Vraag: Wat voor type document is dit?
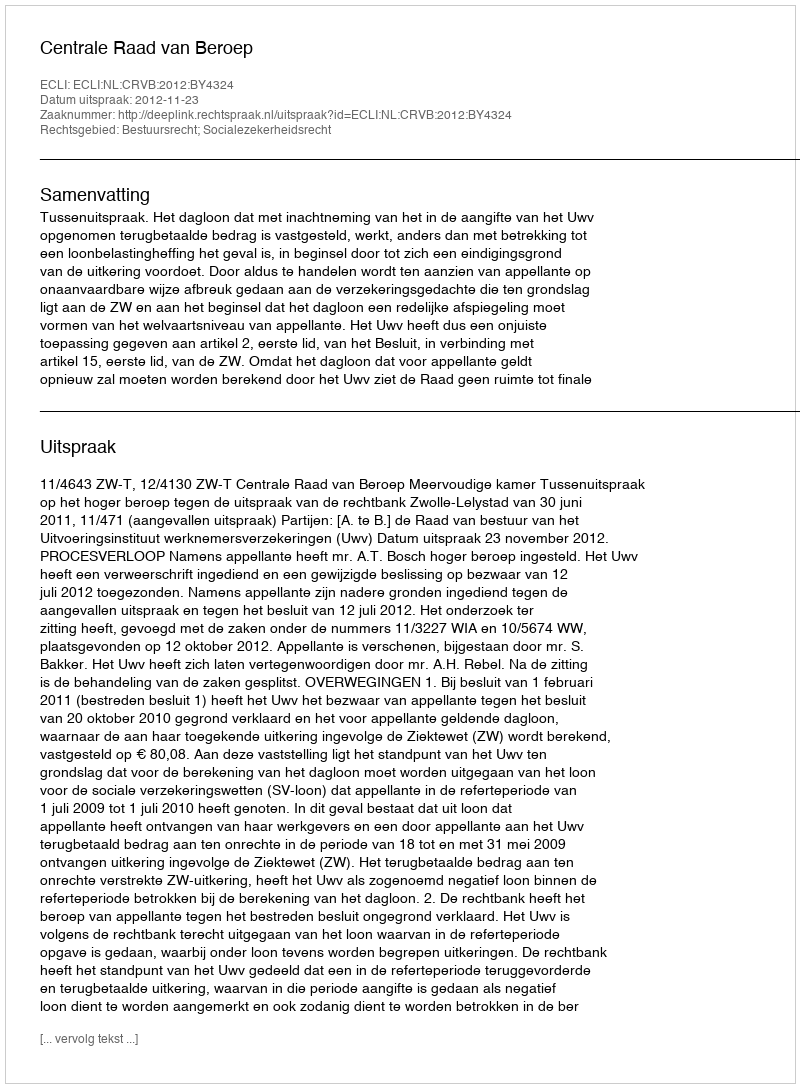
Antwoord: Uitspraak